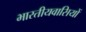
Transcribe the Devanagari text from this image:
भारतीयवासियों